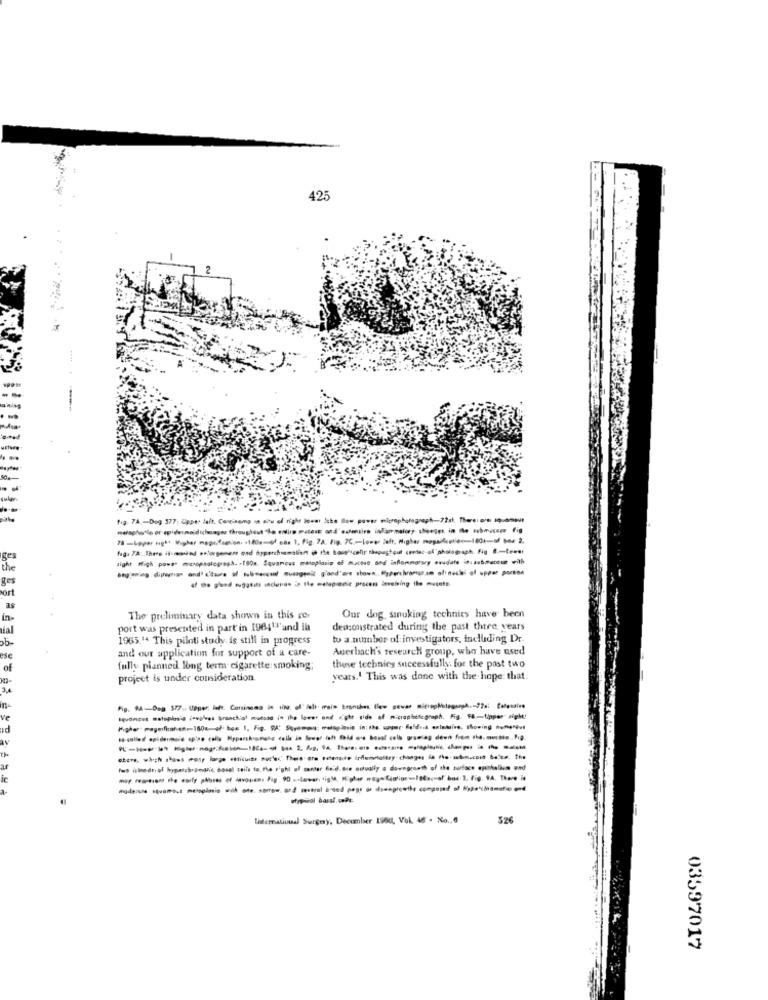
425
2
.-
f.g. 7A. - Dog 377: Cope: Jalt. Consump in ano of right lower Sebe low power microphotograph-72st. There are quoque
fag. 7A: There it wasind esforgenere oud hyperchsomalian it the Bous"icefir thapugtout center of"photograph. fig #-tewer
ges
the
ges
ort
in.
The preliminary data shown in this rer
Our dog, smoking technics have been
port was presented in part'in 1984'F'and in
dea:onstrated during the past there years
ob-
1965.14 This piloti study is still in progress
to a number of investigators, including Dr.
and out application for support of a care-
Auerbach's research group, who have used
of
fully planned long term cigarette smoking;
these technics successfully. for the past two
project is under consideration
years. This was done with the hope: that.
-- -
store, wheh atoes moly large seticuits furler" There are seterade indemotestry-changes in the - mbinsteit beiss, the
ar
Tun isinade of hyperchromatic basel tails to the right of center fold.are outually a downgranth of the surface epithelium end
a-
Linternational Surgery. December 1960, Vol. 46 . No ., 6
526
03597017